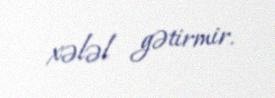
xələl gətirmir.